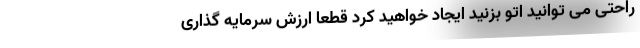
راحتی می توانید اتو بزنید ایجاد خواهید کرد قطعا ارزش سرمایه گذاری